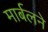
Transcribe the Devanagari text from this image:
मार्बलने